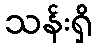
သန်းရှိ